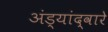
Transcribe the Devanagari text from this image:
अंड्यांद्वारे